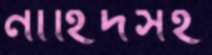
নাহিদসহ